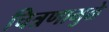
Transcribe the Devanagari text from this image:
चित्रणामुळे